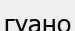
гуано